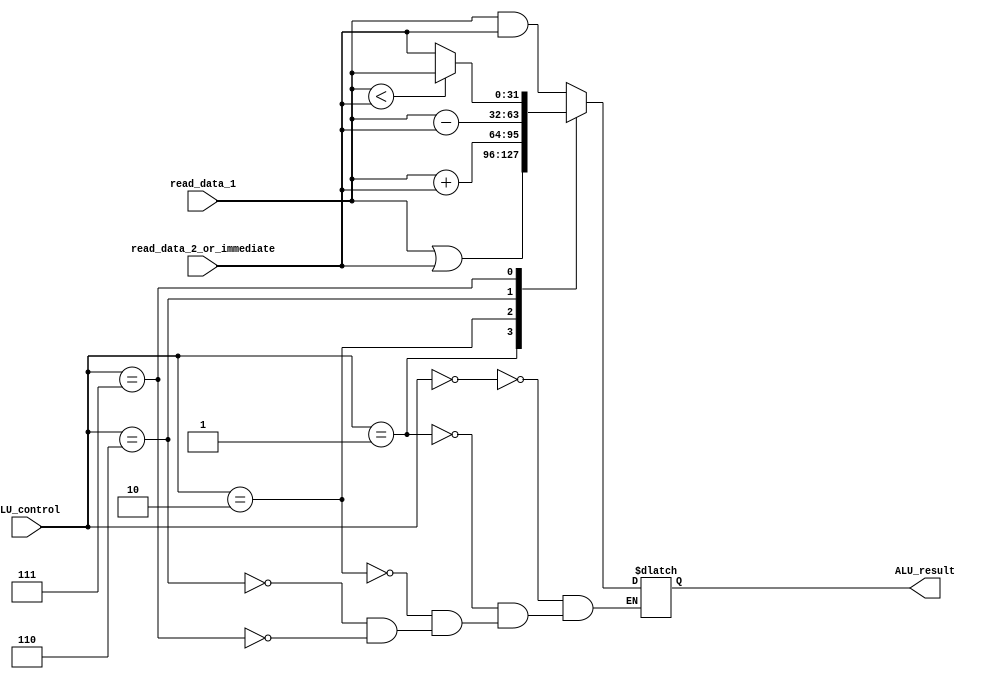
module ALU(input [31:0] read_data_1,

	   input [31:0]  read_data_2_or_immediate,
	   input [2:0] 	 ALU_control,
	   output reg [31:0] ALU_result);

  reg [31:0] temp;
  //initial $monitor($time,"ALUMonitor: SrcAE = %x SrcBE = %x ALU_result = %x",read_data_1,read_data_2_or_immediate,ALU_result);
  always @(*)
    begin
       case (ALU_control)
		 	0: ALU_result = read_data_1 & read_data_2_or_immediate;
		 	1: ALU_result = read_data_1 | read_data_2_or_immediate;
		 	2: ALU_result = read_data_1 + read_data_2_or_immediate;
		 	6: ALU_result = read_data_1 - read_data_2_or_immediate;
		 	7: begin
		    	if (read_data_1 < read_data_2_or_immediate)
		      		ALU_result = read_data_1;
		    	else
		      		ALU_result = read_data_2_or_immediate;
	         	end
		 	default: $display("That's not a supported ALUop!");
     	endcase
    end
endmodule

// module alu_test();

// 	reg [31:0] data1;
// 	reg [31:0] data2;
// 	reg [2:0] aru_crl;
// 	wire zero;
// 	wire [31:0]result;

// 	ALU ARIS(data1,data2,aru_crl,zero,result);


// 	initial
// 	begin
// 	$monitor("a=%d,b=%d,crl=%d,result=%d,zero=%b",data1,data2,aru_crl,result,zero);
// 		data1 <= 0;
// 		data2 <= 0;
// 		aru_crl <= 0;

// 		#5;

// 		data1 <= 2;
// 		data2 <= 3;
// 		aru_crl <= 0;
// 		//2&3
// 		#5;
// 		data1 <= 2;
// 		data2 <= 3;
// 		aru_crl <= 1;
// 		#5;
// 		data1 <= 2;
// 		data2 <= 3;
// 		aru_crl <= 2;
// 		#5;
// 		data1 <= 3;
// 		data2 <= 2;
// 		aru_crl <= 6;
// 		#5;
// 		data1 <= 2;
// 		data2 <= 3;
// 		aru_crl <= 7;
// 		#5;
// 		data1 <= 3;
// 		data2 <= 3;
// 		aru_crl <= 6;


// 	end
// endmodule